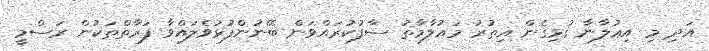
އަދި މި އިޢުލާނާ ގުޅިގެން އިތުރު މަޢުލާމާތު ސާފުކުރައްވަން ބޭނުންފުޅުވެލައްވާ ފަރާތްތަކުން ރަސްމީ